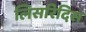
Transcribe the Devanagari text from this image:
लिसरिदिस